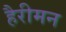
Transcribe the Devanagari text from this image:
हैरीमन